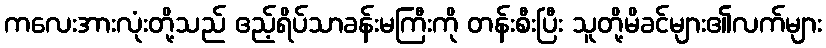
ကလေးအားလုံးတို့သည် ဧည့်ရိပ်သာခန်းမကြီးကို တန်းစီးပြီး သူတို့မိခင်များ၏လက်များ